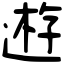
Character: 𨔼